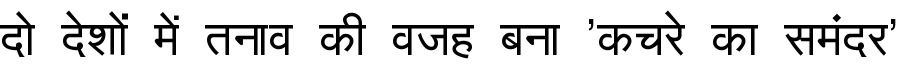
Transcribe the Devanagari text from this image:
दो देशों में तनाव की वजह बना 'कचरे का समंदर'